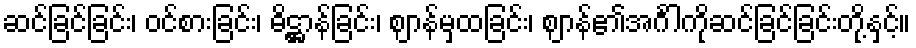
ဆင်ခြင်ခြင်း၊ ဝင်စားခြင်း၊ ဓိဋ္ဌာန်ခြင်း၊ ဈာန်မှထခြင်း၊ ဈာန်၏အင်္ဂါကိုဆင်ခြင်ခြင်းတို့နှင့်။